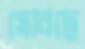
সেবিছে